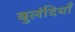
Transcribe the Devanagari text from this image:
बुलंदियाँ